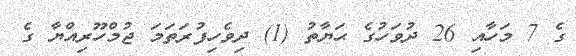
ގެ 7 މަހާއި 26 ދުވަހުގެ ޙަޔާތު (1) ދިވެހިފުރަތަމަ ޖުމްހޫރިއްޔާ ގެ